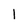
Character: 1